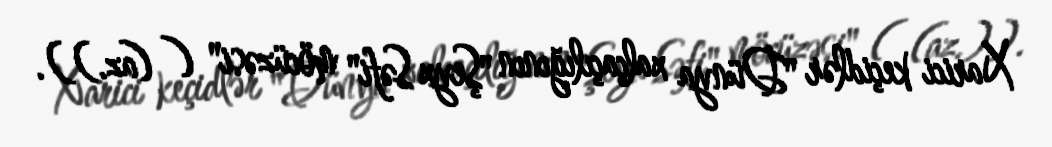
Xarici keçidlər "Dünya xalçaçılığının "Şeyx Səfi" möcüzəsi" ( (az.)).